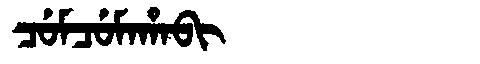
Manchu: ᠴᡠᠮᠴᡠᠮᠠᡥᠠᠪᡳ
Romanization: CUMCUMAHABI